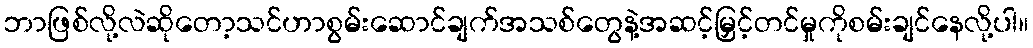
ဘာဖြစ်လို့လဲဆိုတော့သင်ဟာစွမ်းဆောင်ချက်အသစ်တွေနဲ့အဆင့်မြှင့်တင်မှုကိုစမ်းချင်နေလို့ပါ။